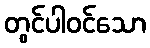
တွင်ပါဝင်သော